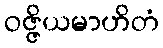
ဝဇ္ဇိယမာဟိတံ